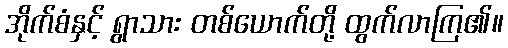
အိုက်စံနှင့် ရွာသား တစ်ယောက်တို့ ထွက်လာကြ၏။